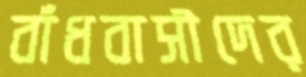
বাঁধবাসীদের